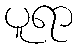
ပူရာ